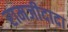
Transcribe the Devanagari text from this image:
रामजीदादा